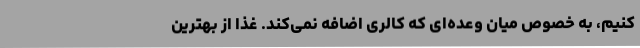
کنیم، به خصوص میان وعده‌ای که کالری اضافه نمی‌کند. غذا از بهترین